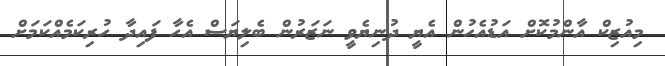
މިއުޒިކް އާންމުކޮށް އަޑުއެހުން އެޔީ ދުނިޔެވީ ނަޒަރުން ބެލިޔަސް އެހާ ފައިދާ ހުރިކަމެއްކަމަށް